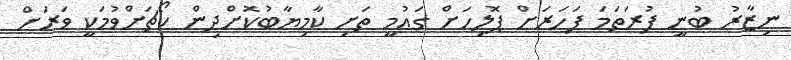
ނިޒާރު ބުނީ ފުރަތަމަ ފަހަރަށް ޕޮލިހަށް ގައުމީ ތަށި ކާމިޔާބުކޮށްދިން ކޯޗަށްވުމަކީ ވަރަށް